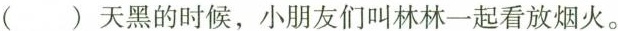
( )天黑的时候，小朋友们叫林林一起看放烟火。